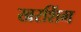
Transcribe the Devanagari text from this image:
खरशिंग